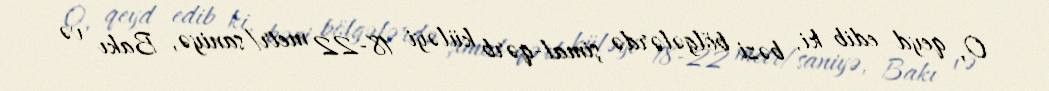
O, qeyd edib ki, bəzi bölgələrdə şimal-qərb küləyi 18-22 metr/saniyə, Bakı və